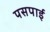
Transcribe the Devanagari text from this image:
पसपाई